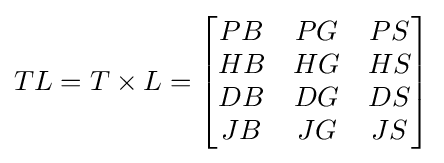
TL=T\times L={\begin{bmatrix}PB&PG&PS\\HB&HG&HS\\DB&DG&DS\\JB&JG&JS\end{bmatrix}}